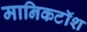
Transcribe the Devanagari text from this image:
मानिकटॉश